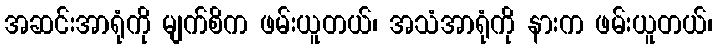
အဆင်းအာရုံကို မျက်စိက ဖမ်းယူတယ်၊ အသံအာရုံကို နားက ဖမ်းယူတယ်၊